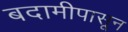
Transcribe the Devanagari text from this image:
बदामीपासून